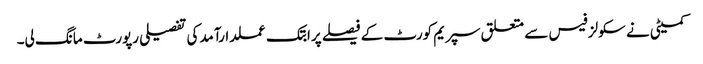
کمیٹی نے سکولز فیس سے متعلق سپریم کورٹ کے فیصلے پرابتک عملدارآمدکی تفصیلی رپورٹ مانگ لی۔